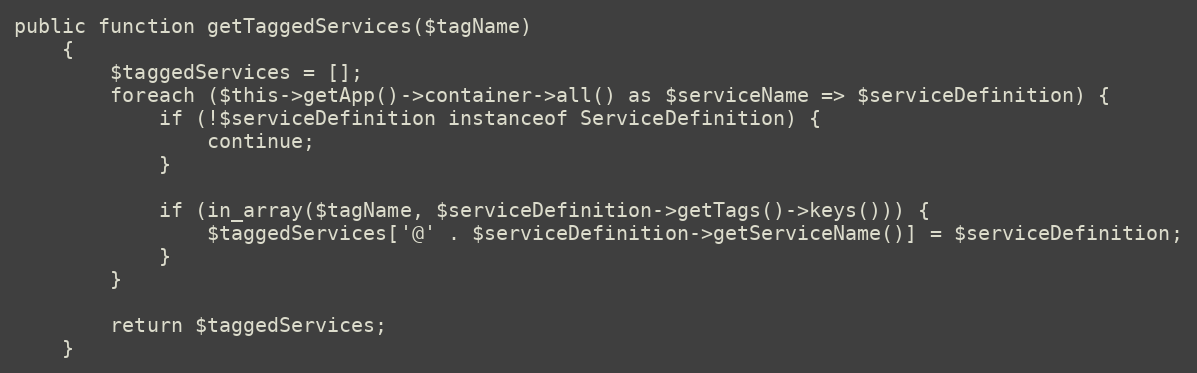
Language: PHP
public function getTaggedServices($tagName)
    {
        $taggedServices = [];
        foreach ($this->getApp()->container->all() as $serviceName => $serviceDefinition) {
            if (!$serviceDefinition instanceof ServiceDefinition) {
                continue;
            }

            if (in_array($tagName, $serviceDefinition->getTags()->keys())) {
                $taggedServices['@' . $serviceDefinition->getServiceName()] = $serviceDefinition;
            }
        }

        return $taggedServices;
    }